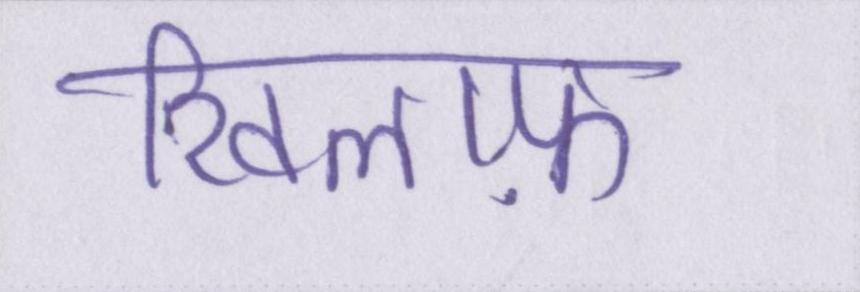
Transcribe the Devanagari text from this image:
खिलाफ़